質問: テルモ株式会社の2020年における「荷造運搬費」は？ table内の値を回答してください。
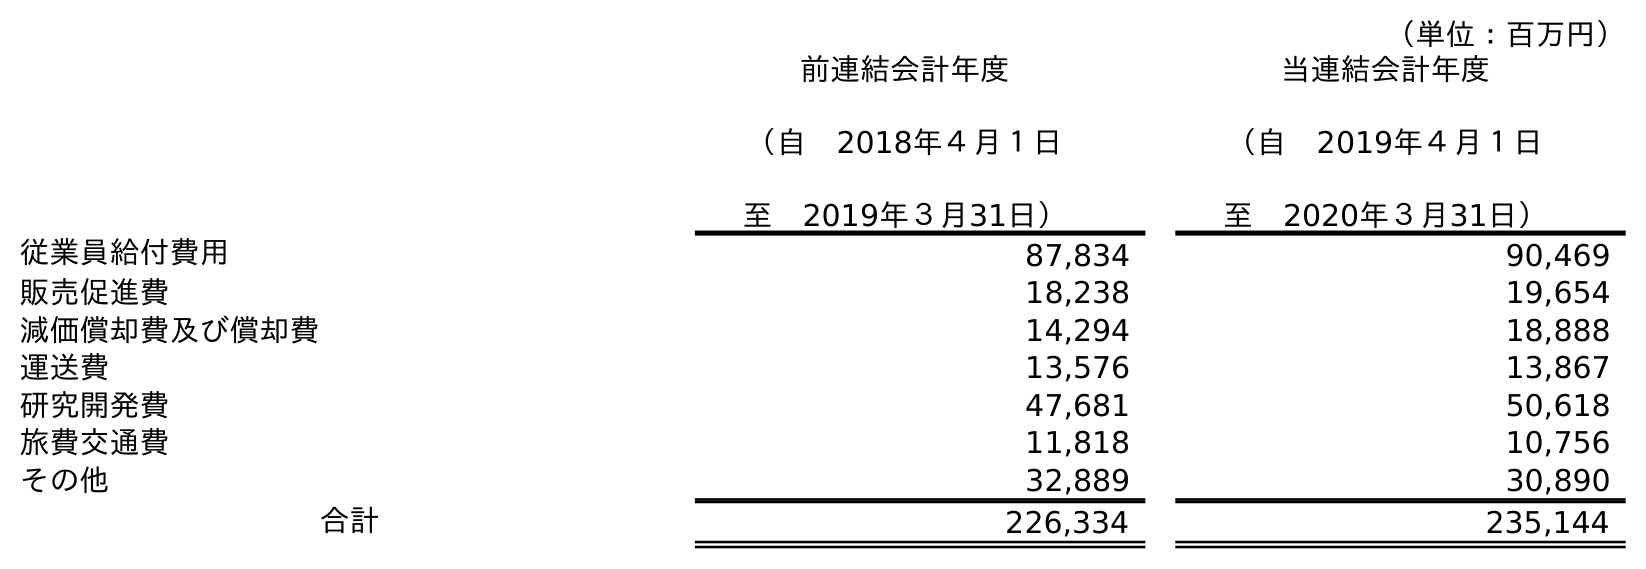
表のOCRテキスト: （単位：百万円） 前連結会計年度 （自 2018年４月１日 至 2019年３月31日） 当連結会計年度 （自 2019年４月１日 至 2020年３月31日） 従業員給付費用 87,834 90,469 販売促進費 18,238 19,654 減価償却費及び償却費 14,294 18,888 運送費 13,576 13,867 研究開発費 47,681 50,618 旅費交通費 11,818 10,756 その他 32,889 30,890 合計 226,334 235,144
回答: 13,867